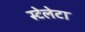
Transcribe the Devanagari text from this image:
स्टेलेटा